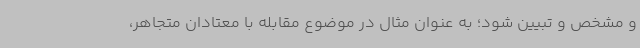
و مشخص و تبیین شود؛ به عنوان مثال در موضوع مقابله با معتادان متجاهر،